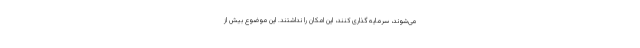
می‌شوند، سرمایه گذاری کنند، این امکان را نداشتند. این موضوع بیش از